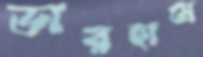
ডারহামে